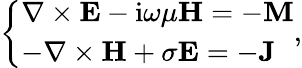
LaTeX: \left\{ \begin{array}{ll}{\nabla\times\mathbf{E}-\mathrm{i}\omega\mu\mathbf{H}=-\mathbf{M}}\\ {-\nabla\times\mathbf{H}+\sigma\mathbf{E}=-\mathbf{J}}\end{array}\right.,